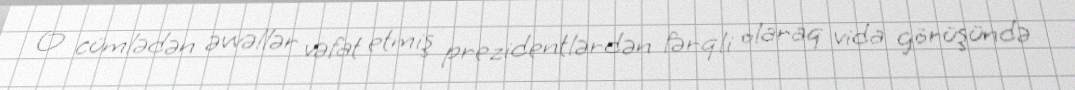
O cümlədən əvvəllər vəfat etmiş prezidentlərdən fərqli olaraq vida görüşündə